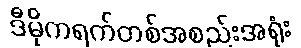
ဒီမိုကရက်တစ်အစည်းအရုံး